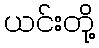
ယင်းတို့